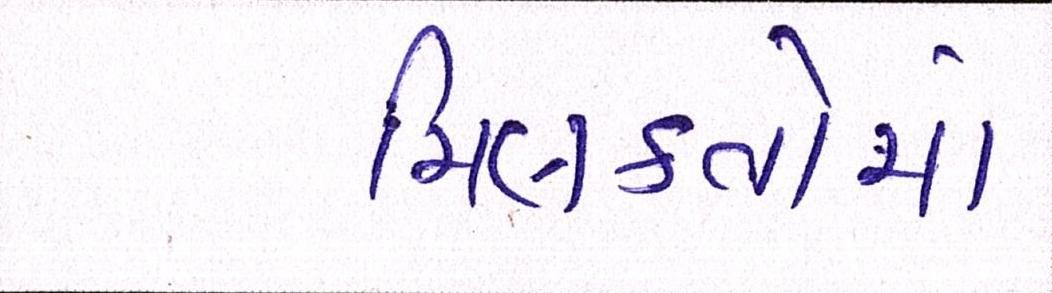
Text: મિલકતોમાં